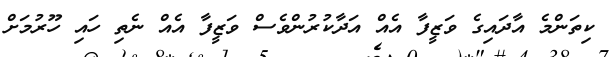
ކިތަންމެ އާދައިގެ ވަޒީފާ އެއް އަދާކުރުންވެސް ވަޒީފާ އެއް ނެތި ހައި ހޫރުމަށް